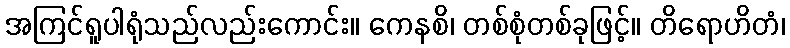
အကြင်ရူပါရုံသည်လည်းကောင်း။ ကေနစိ၊ တစ်စုံတစ်ခုဖြင့်။ တိရောဟိတံ၊